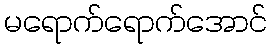
မရောက်ရောက်အောင်